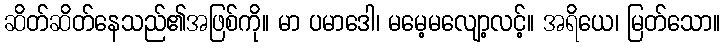
ဆိတ်ဆိတ်နေသည်၏အဖြစ်ကို။ မာ ပမာဒေါ၊ မမေ့မလျော့လင့်။ အရိယေ၊ မြတ်သော။